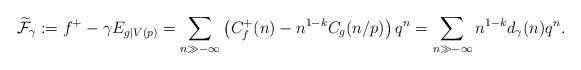
LaTeX: \begin{align*}\widetilde{\mathcal{F}}_{\gamma}:=f^{+}-\gamma E_{g|V(p)}=\sum _{n\gg -\infty} \left( C_{f}^{+}(n) -n^{1-k}C_{g}(n/p) \right)q^{n}=\sum _{n\gg -\infty} n^{1-k}d_{\gamma}(n)q^{n}.\end{align*}